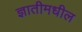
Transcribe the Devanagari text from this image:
ज्ञातीमधील